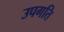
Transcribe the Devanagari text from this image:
उपगति